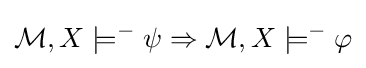
{\mathcal {M}},X\models ^{-}\psi \Rightarrow {\mathcal {M}},X\models ^{-}\varphi